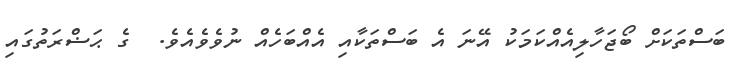
ބަސްތަކަށް ބޯޖަހާލިއެއްކަމަކު އޭނަ އެ ބަސްތަކާއި އެއްބަހެއް ނުވެވެއެވެ.  ގެ ޙަޟްރަތުގައި